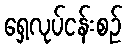
ရှေ့လုပ်ငန်းစဉ်